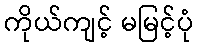
ကိုယ်ကျင့် မမြင့်ပုံ